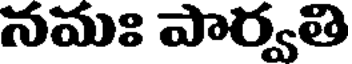
నమః పార్వతి